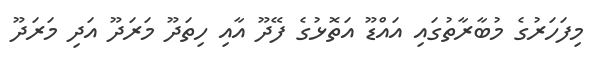
މިފަހަރުގެ މުބާރާތުގައި އައްޑޫ އަތޮޅުގެ ފޭދޫ އާއި ހިތަދޫ މަރަދޫ އަދި މަރަދޫ